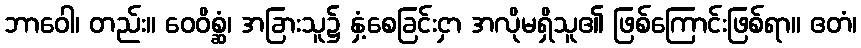
ဘာဝေါ၊ တည်း။ ဝေဝိစ္ဆံ၊ အခြားသူ၌ နှံ့စေခြင်းငှာ အလိုမရှိသူ၏ ဖြစ်ကြောင်းဖြစ်ရာ။ ဧတံ၊